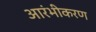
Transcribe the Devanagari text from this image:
आरंभीकरण